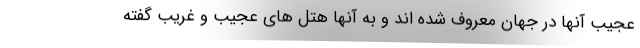
عجیب آنها در جهان معروف شده اند و به آنها هتل های عجیب و غریب گفته